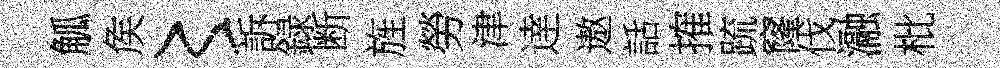
觚矦〻訴録断旌勞津逹遨話搉䟽窿伐瀜枇